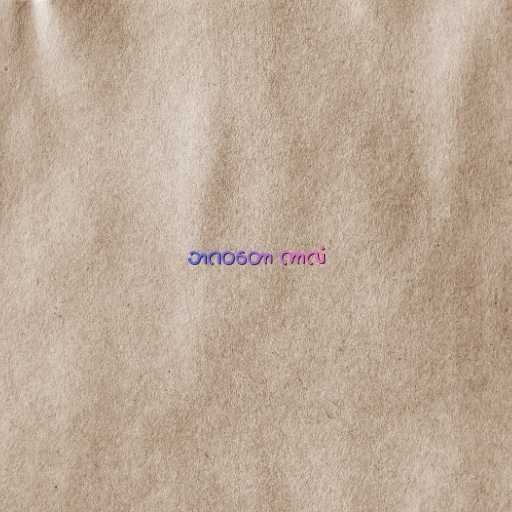
ဘဂဝတော ကာလံ